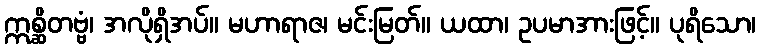
ဣစ္ဆိတဗ္ဗံ၊ အလိုရှိအပ်။ မဟာရာဇ၊ မင်းမြတ်။ ယထာ၊ ဥပမာအားဖြင့်။ ပုရိသော၊